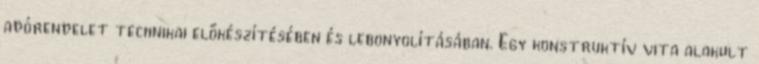
adórendelet technikai előkészítésében és lebonyolításában. Egy konstruktív vita alakult